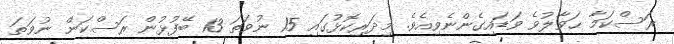
ރަސްކަމާ ޙަވާލުވެ ވަޑައިގެންނެވިއެވެ. މިދަރިކޮޅުގައި 15 ނުވަތަ 13 ބޭފުޅުން ރަސްކަން ނުވަތަ